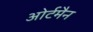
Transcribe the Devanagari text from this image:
ओर्टमैन